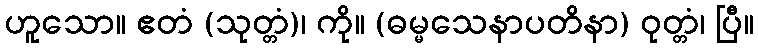
ဟူသော။ ဧတံ (သုတ္တံ)၊ ကို။ (ဓမ္မသေနာပတိနာ) ဝုတ္တံ၊ ပြီ။